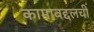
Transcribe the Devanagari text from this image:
कामाबद्दलची